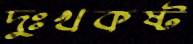
দুঃখকষ্ট